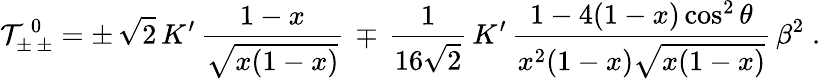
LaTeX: {\cal T}_{\pm\, \pm}^{\, 0}=\pm\, \sqrt{2}\, K^{\prime}\, \frac{1-x}{\sqrt{x(1-x)}}\, \mp\, \frac{1}{16\sqrt{2}}\, K^{\prime}\, \frac{1-4(1-x)\cos^{2}\theta}{x^{2}(1-x)\sqrt{x(1-x)}}\, \beta^{2}\; .